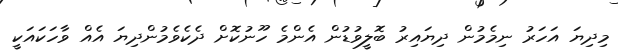
މިދިޔަ އަހަރު ނިމެމުން ދިޔައިރު ބޮލީވުޑުން އެންމެ ހޫނުކޮށް ދެކެވެމުންދިޔަ އެއް ވާހަކައަކީ